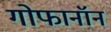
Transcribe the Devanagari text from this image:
गोफानॉन